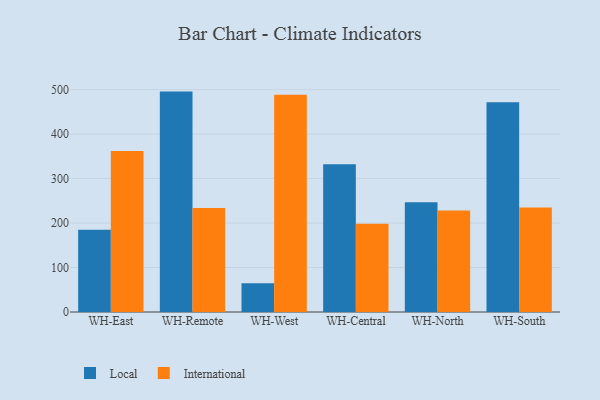
{"axis": {"x": "Warehouse", "y": "Latency (ms)"}, "legend": ["International", "Local"], "data": [{"x": "WH-East", "y": 185.0, "type": "Local"}, {"x": "WH-East", "y": 361.7, "type": "International"}, {"x": "WH-Remote", "y": 495.5, "type": "Local"}, {"x": "WH-Remote", "y": 233.9, "type": "International"}, {"x": "WH-West", "y": 64.6, "type": "Local"}, {"x": "WH-West", "y": 488.6, "type": "International"}, {"x": "WH-Central", "y": 332.2, "type": "Local"}, {"x": "WH-Central", "y": 198.2, "type": "International"}, {"x": "WH-North", "y": 246.6, "type": "Local"}, {"x": "WH-North", "y": 228.0, "type": "International"}, {"x": "WH-South", "y": 471.5, "type": "Local"}, {"x": "WH-South", "y": 234.9, "type": "International"}]}